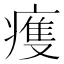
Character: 𤹆